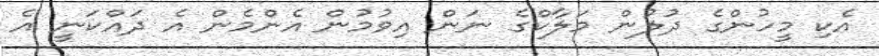
އެކި މީހުންގެ ދުލުން މަލާކްގެ ނަން އިވުމުން އެންމެން އެ ދައްކަނީ އެ